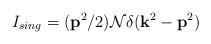
LaTeX: \begin{align*}I_{sing}=({ \bf p}^2/2) {\cal N} \delta({\bf k}^2- {\bf p}^2)\end{align*}